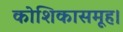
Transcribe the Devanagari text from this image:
कोशिकासमूह।